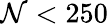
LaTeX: \mathcal{N}<250